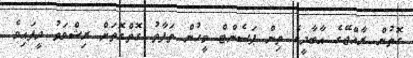
ގޮތުން ރާއްޖޭގެ އާބާދީގެ ތިން ޕަސެންޓް މީހުން ތަފާތު ގޮތްގޮތަށް ރިޝްވަތު ދީފައިވެ